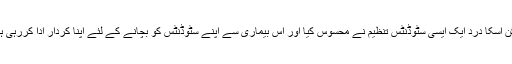
لیکن اسکا درد ایک ایسی سٹوڈنٹس تنظیم نے محسوس کیا اور اس بیماری سے اپنے سٹوڈنٹس کو بچانے کے لئے اپنا کردار ادا کررہی ہے۔